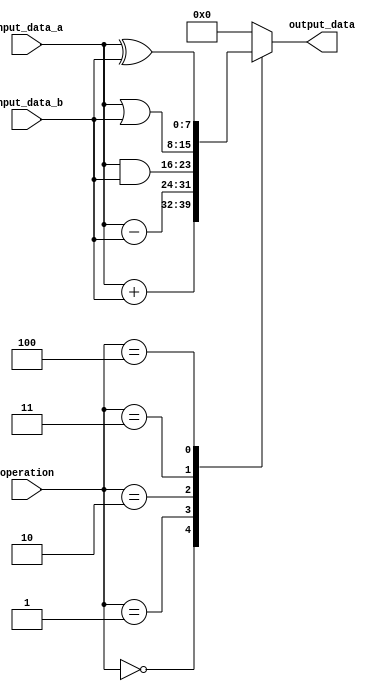
module Reference_Model (
  input wire [7:0] input_data_a,
  input wire [7:0] input_data_b,
  input wire [2:0] operation,
  output wire [7:0] output_data
);
reg [7:0]ref_out;
always @(*) begin
  case (operation)
    3'b000:ref_out  = input_data_a + input_data_b;
    3'b001:ref_out = input_data_a - input_data_b;
    3'b010:ref_out= input_data_a & input_data_b;
    3'b011:ref_out = input_data_a | input_data_b;
    3'b100:ref_out= input_data_a ^ input_data_b;
    default:ref_out = 8'b0; // Handle other cases as needed
  endcase
end
assign output_data = ref_out;
endmodule